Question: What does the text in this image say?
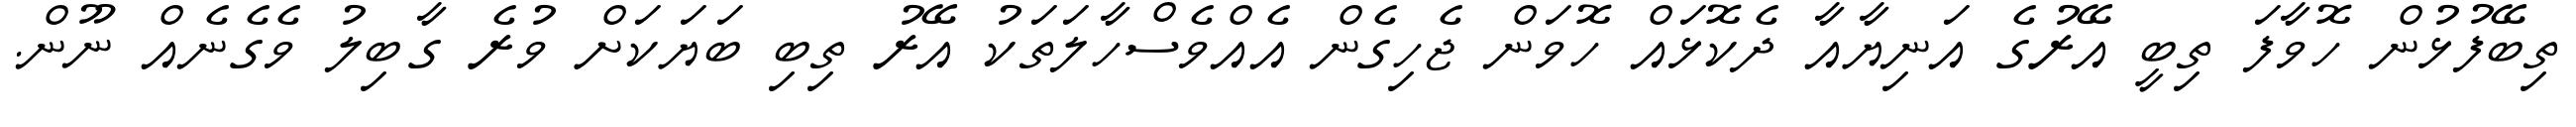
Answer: ތިބޭފުޅުން ހޮވާފަ ތިބީ އޭރުގެ އަނިޔާއާ ދެކޮޅައް ހޮވަން ޖެހިގެން އެއްވެސްހާލަތަކު އޭރު ތިބި ބަޔަކަށް ވުރެ ގާބިލު ވެގެނެއް ނޫން.